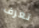
تعرف